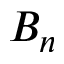
B _ { n }